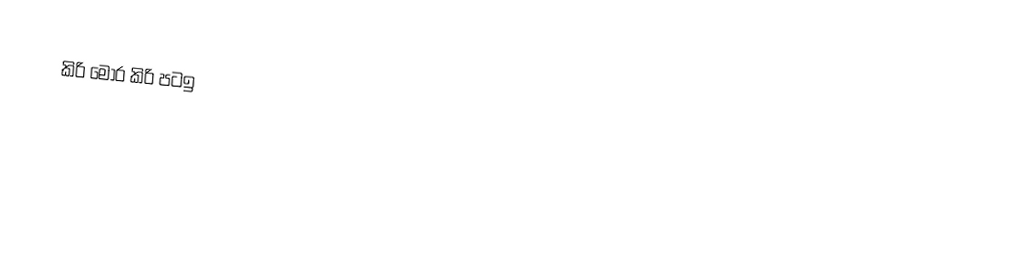
කිරි මොර  කිරි පටඉ